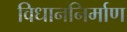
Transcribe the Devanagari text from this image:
विधाननिर्माण